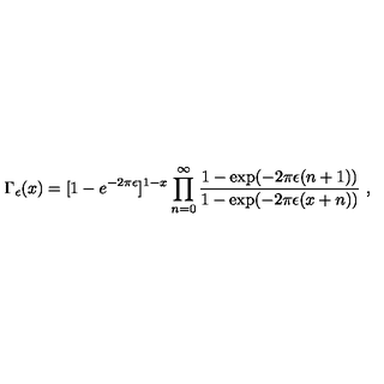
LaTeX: \Gamma _ { \epsilon } ( x ) = [ 1 - e ^ { - 2 \pi \epsilon } ] ^ { 1 - x } \prod _ { n = 0 } ^ { \infty } { \frac { 1 - \exp ( - 2 \pi \epsilon ( n + 1 ) ) } { 1 - \exp ( - 2 \pi \epsilon ( x + n ) ) } } \ ,